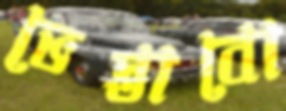
ভেস্তাবো